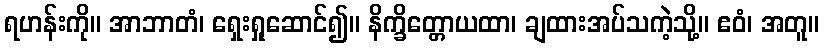
ရဟန်းကို။ အာဘာတံ၊ ရှေးရှုဆောင်၍။ နိက္ခိတ္တောယထာ၊ ချထားအပ်သကဲ့သို့။ ဧဝံ၊ အတူ။